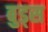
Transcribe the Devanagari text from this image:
बुड्‌स